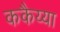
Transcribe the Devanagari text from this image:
ककैय्या